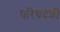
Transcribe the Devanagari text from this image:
परिषदेशी